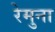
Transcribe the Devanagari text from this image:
रेमुना